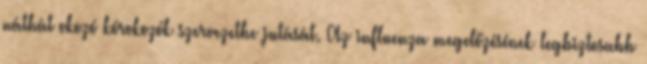
náthát okozó kórokozók szervezetbe jutását. Az influenza megelőzésének legbiztosabb